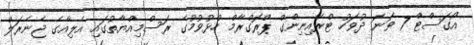
އޯގަސްޓް 7 ވަނަ ދުވަހު ޓްރެއިނިންގް ޕްރޮގްރާމް ހުޅުވުމުގެ ރަސްމިއްޔާތުގައި އެލިއާގެ ޖެނެރަލް